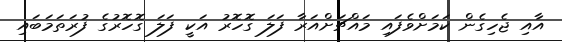
އާއި ޖެހިގެން ކަމަށްވެފައި މައްޗަށްއަރާ ފަލަ ގޮހޮރު އަކީ ފަލަ ގޮހޮރުގެ ފުރަތަމަބައި